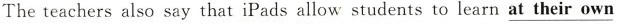
The teachers also say that iPads allow students to learn \underline{at their own}